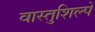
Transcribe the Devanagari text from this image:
वास्तुशिल्पे